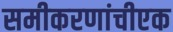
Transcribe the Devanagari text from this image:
समीकरणांचीएक